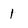
Character: 1